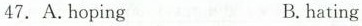
47.A.hoping B.hating